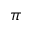
\pi